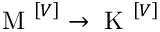
\mathrm { ~ M ~ } ^ { \left[ V \right] } \rightarrow \mathrm { ~ K ~ } ^ { \left[ V \right] }